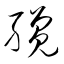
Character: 纔